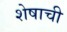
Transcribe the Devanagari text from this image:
शेषाची